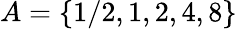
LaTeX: A=\{ 1/2,1,2,4,8\}